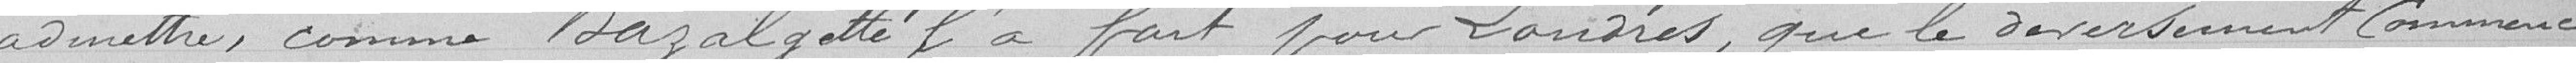
admettre, comme Bazalgette l'a fait pour Londres, que le déversement commence